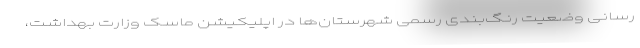
رسانی وضعیت رنگ‌بندی رسمی شهرستان‌ها در اپلیکیشن ماسک وزارت بهداشت،